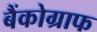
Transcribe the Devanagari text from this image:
बैंकोग्राफ